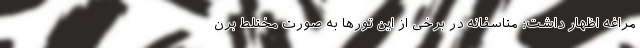
مراغه اظهار داشت: متاسفانه در برخی از این تورها به صورت مختلط برن